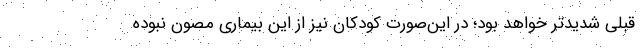
قبلی شدیدتر خواهد بود؛ در این‌صورت کودکان نیز از این بیماری مصون نبوده